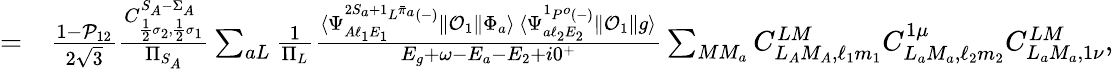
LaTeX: \begin{array}{rl}{=}&{{}\frac{1-\mathcal{P}_{12}}{2\sqrt{3}}\frac{C_{\frac{1}{2}\sigma_{2},\frac{1}{2}\sigma_{1}}^{S_{A}-\Sigma_{A}}}{\Pi_{S_{A}}}\sum_{aL}\frac{1}{\Pi_{L}}\frac{\langle\Psi_{A\ell_{1}E_{1}}^{^{2S_{a}+1}L^{\bar{\pi}_{a}}(-)}\| \mathcal{O}_{1}\| \Phi_{a}\rangle\, \langle\Psi_{a\ell_{2}E_{2}}^{{^1P^{o}}(-)}\| \mathcal{O}_{1}\| g\rangle}{E_{g}+\omega-E_{a}-E_{2}+i0^{+}}\sum_{MM_{a}}C_{L_{A}M_{A},\ell_{1}m_{1}}^{LM}C_{L_{a}M_{a},\ell_{2}m_{2}}^{1\mu}C_{L_{a}M_{a},1\nu}^{LM},}\end{array}